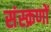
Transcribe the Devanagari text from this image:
संस्क्रणों